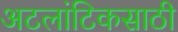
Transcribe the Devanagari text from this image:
अटलांटिकसाठी